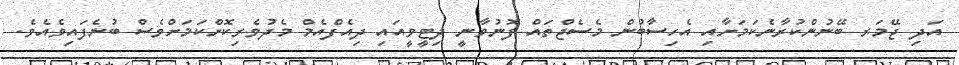
އަދި ޖޭމަރ ބޭނުންކުރާނެކަމަށާއި އެހިސާބުން މެސެޖްތައް ފޮނުވާނީ ދިޓީވީއައި ދިއެފްއެމް މެދުވެރިކޮށްކަމަށްވެސް ބުނެފައިވެއެވެ.